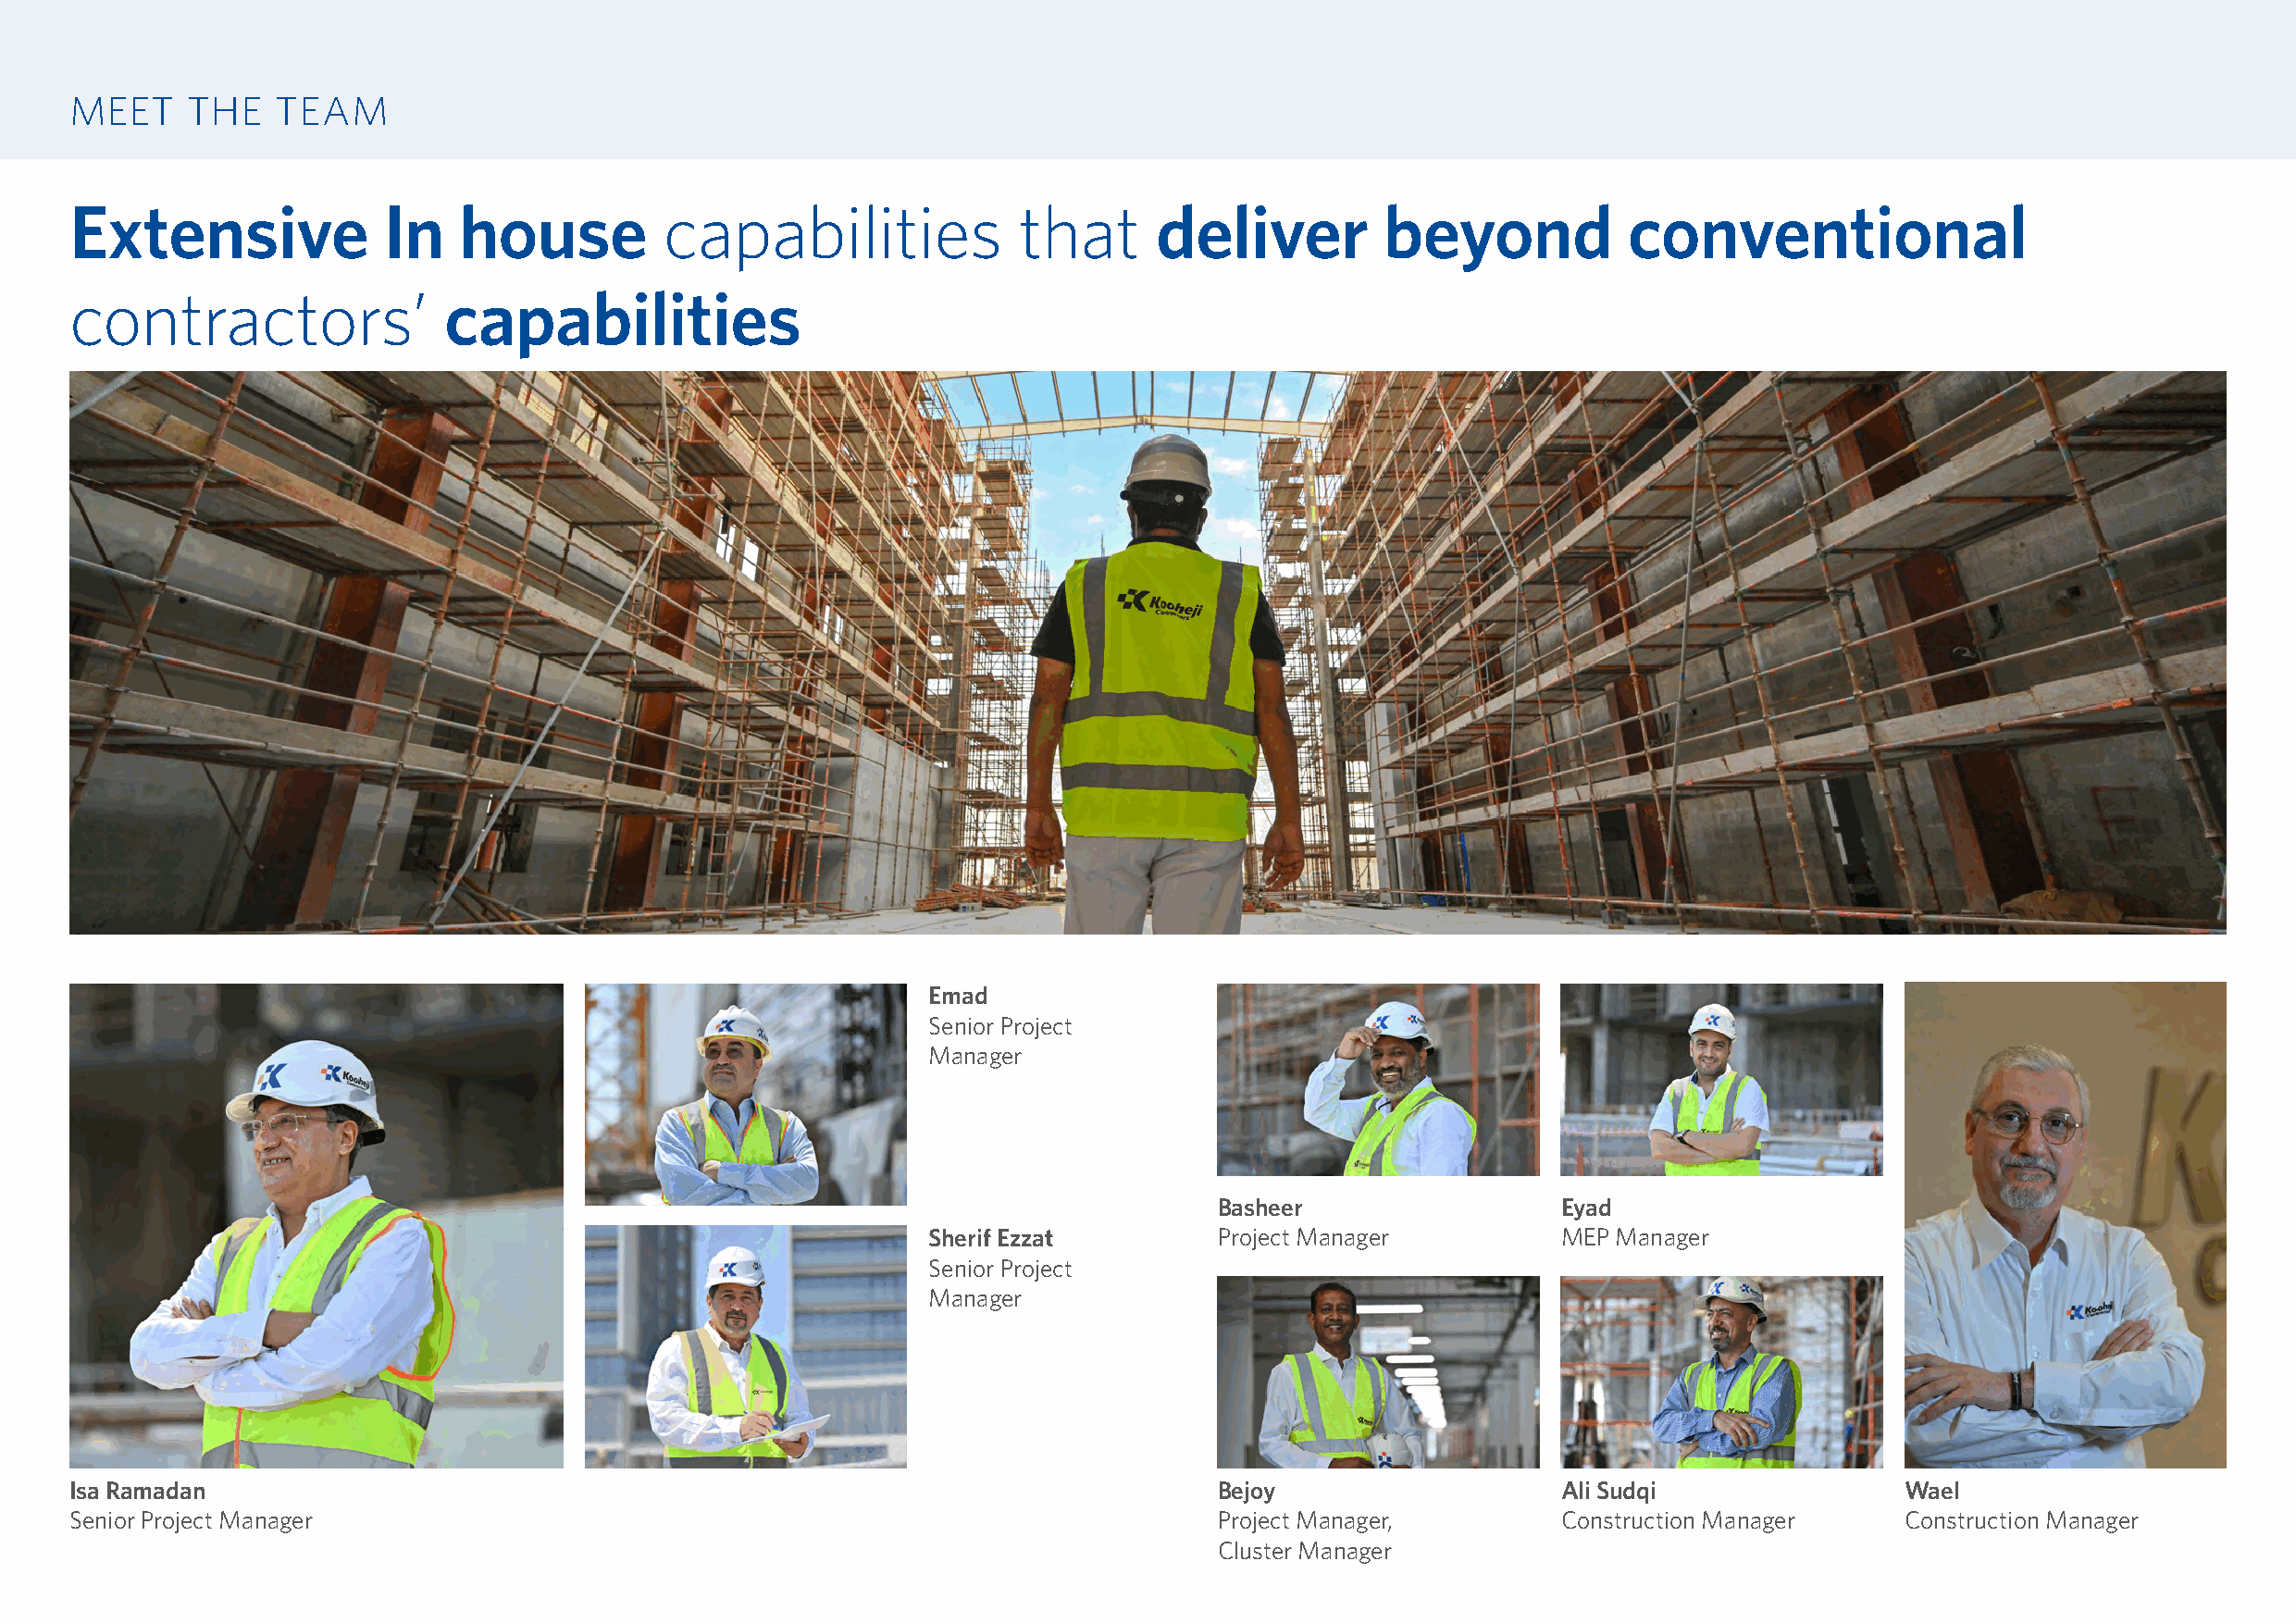
MEET    THE    TEAM
 Extensive             In    house         capabilities              that      deliver         beyond            conventional
 contractors’               capabilities
 Emad
 Senior Project
 Manager
 Basheer                  Eyad
 Sherif Ezzat         Project Manager          MEP Manager
 Senior Project
 Manager
 Isa Ramadan                                                                       Bejoy                    Ali Sudqi               Wael
 Senior Project Manager                                                            Project Manager,         Construction Manager    Construction Manager
 Cluster Manager